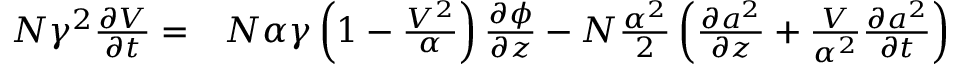
\begin{array} { r l } { N \gamma ^ { 2 } \frac { \partial V } { \partial t } = } & { { } N \alpha \gamma \left( 1 - \frac { V ^ { 2 } } { \alpha } \right) \frac { \partial \phi } { \partial z } - N \frac { \alpha ^ { 2 } } { 2 } \left( \frac { \partial a ^ { 2 } } { \partial z } + \frac { V } { \alpha ^ { 2 } } \frac { \partial a ^ { 2 } } { \partial t } \right) } \end{array}